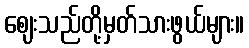
ဈေးသည်တို့မှတ်သားဖွယ်များ။